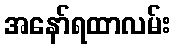
အနော်ရထာလမ်း